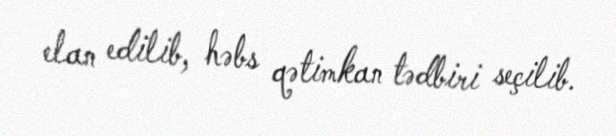
elan edilib, həbs qətimkan tədbiri seçilib.